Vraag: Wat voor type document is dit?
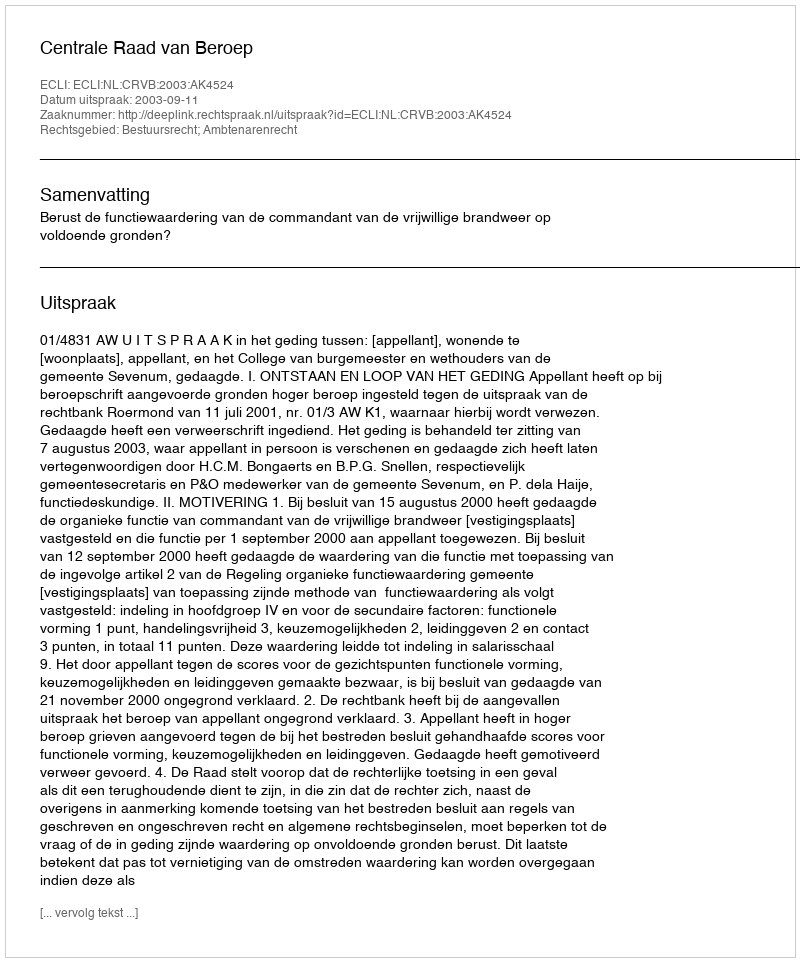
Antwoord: Uitspraak